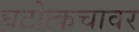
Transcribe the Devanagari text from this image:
घटोत्कचावर